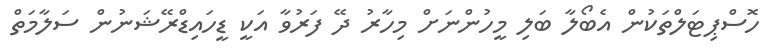
ހޮސްޕިޓަލްތަކުން އެބޯލާ ބަލި މީހުންނަށް މިހާރު ދޭ ފަރުވާ އަކީ ޑީހައިޑްރޭޝަނުން ސަލާމަތް